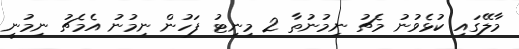
މާލޭގައި ކުޅެވުނު މެޗު ނިމުނުތާ 2 މިނިޓު ފަހުން ނިމުނު އެމެޗު ނިމުނީ